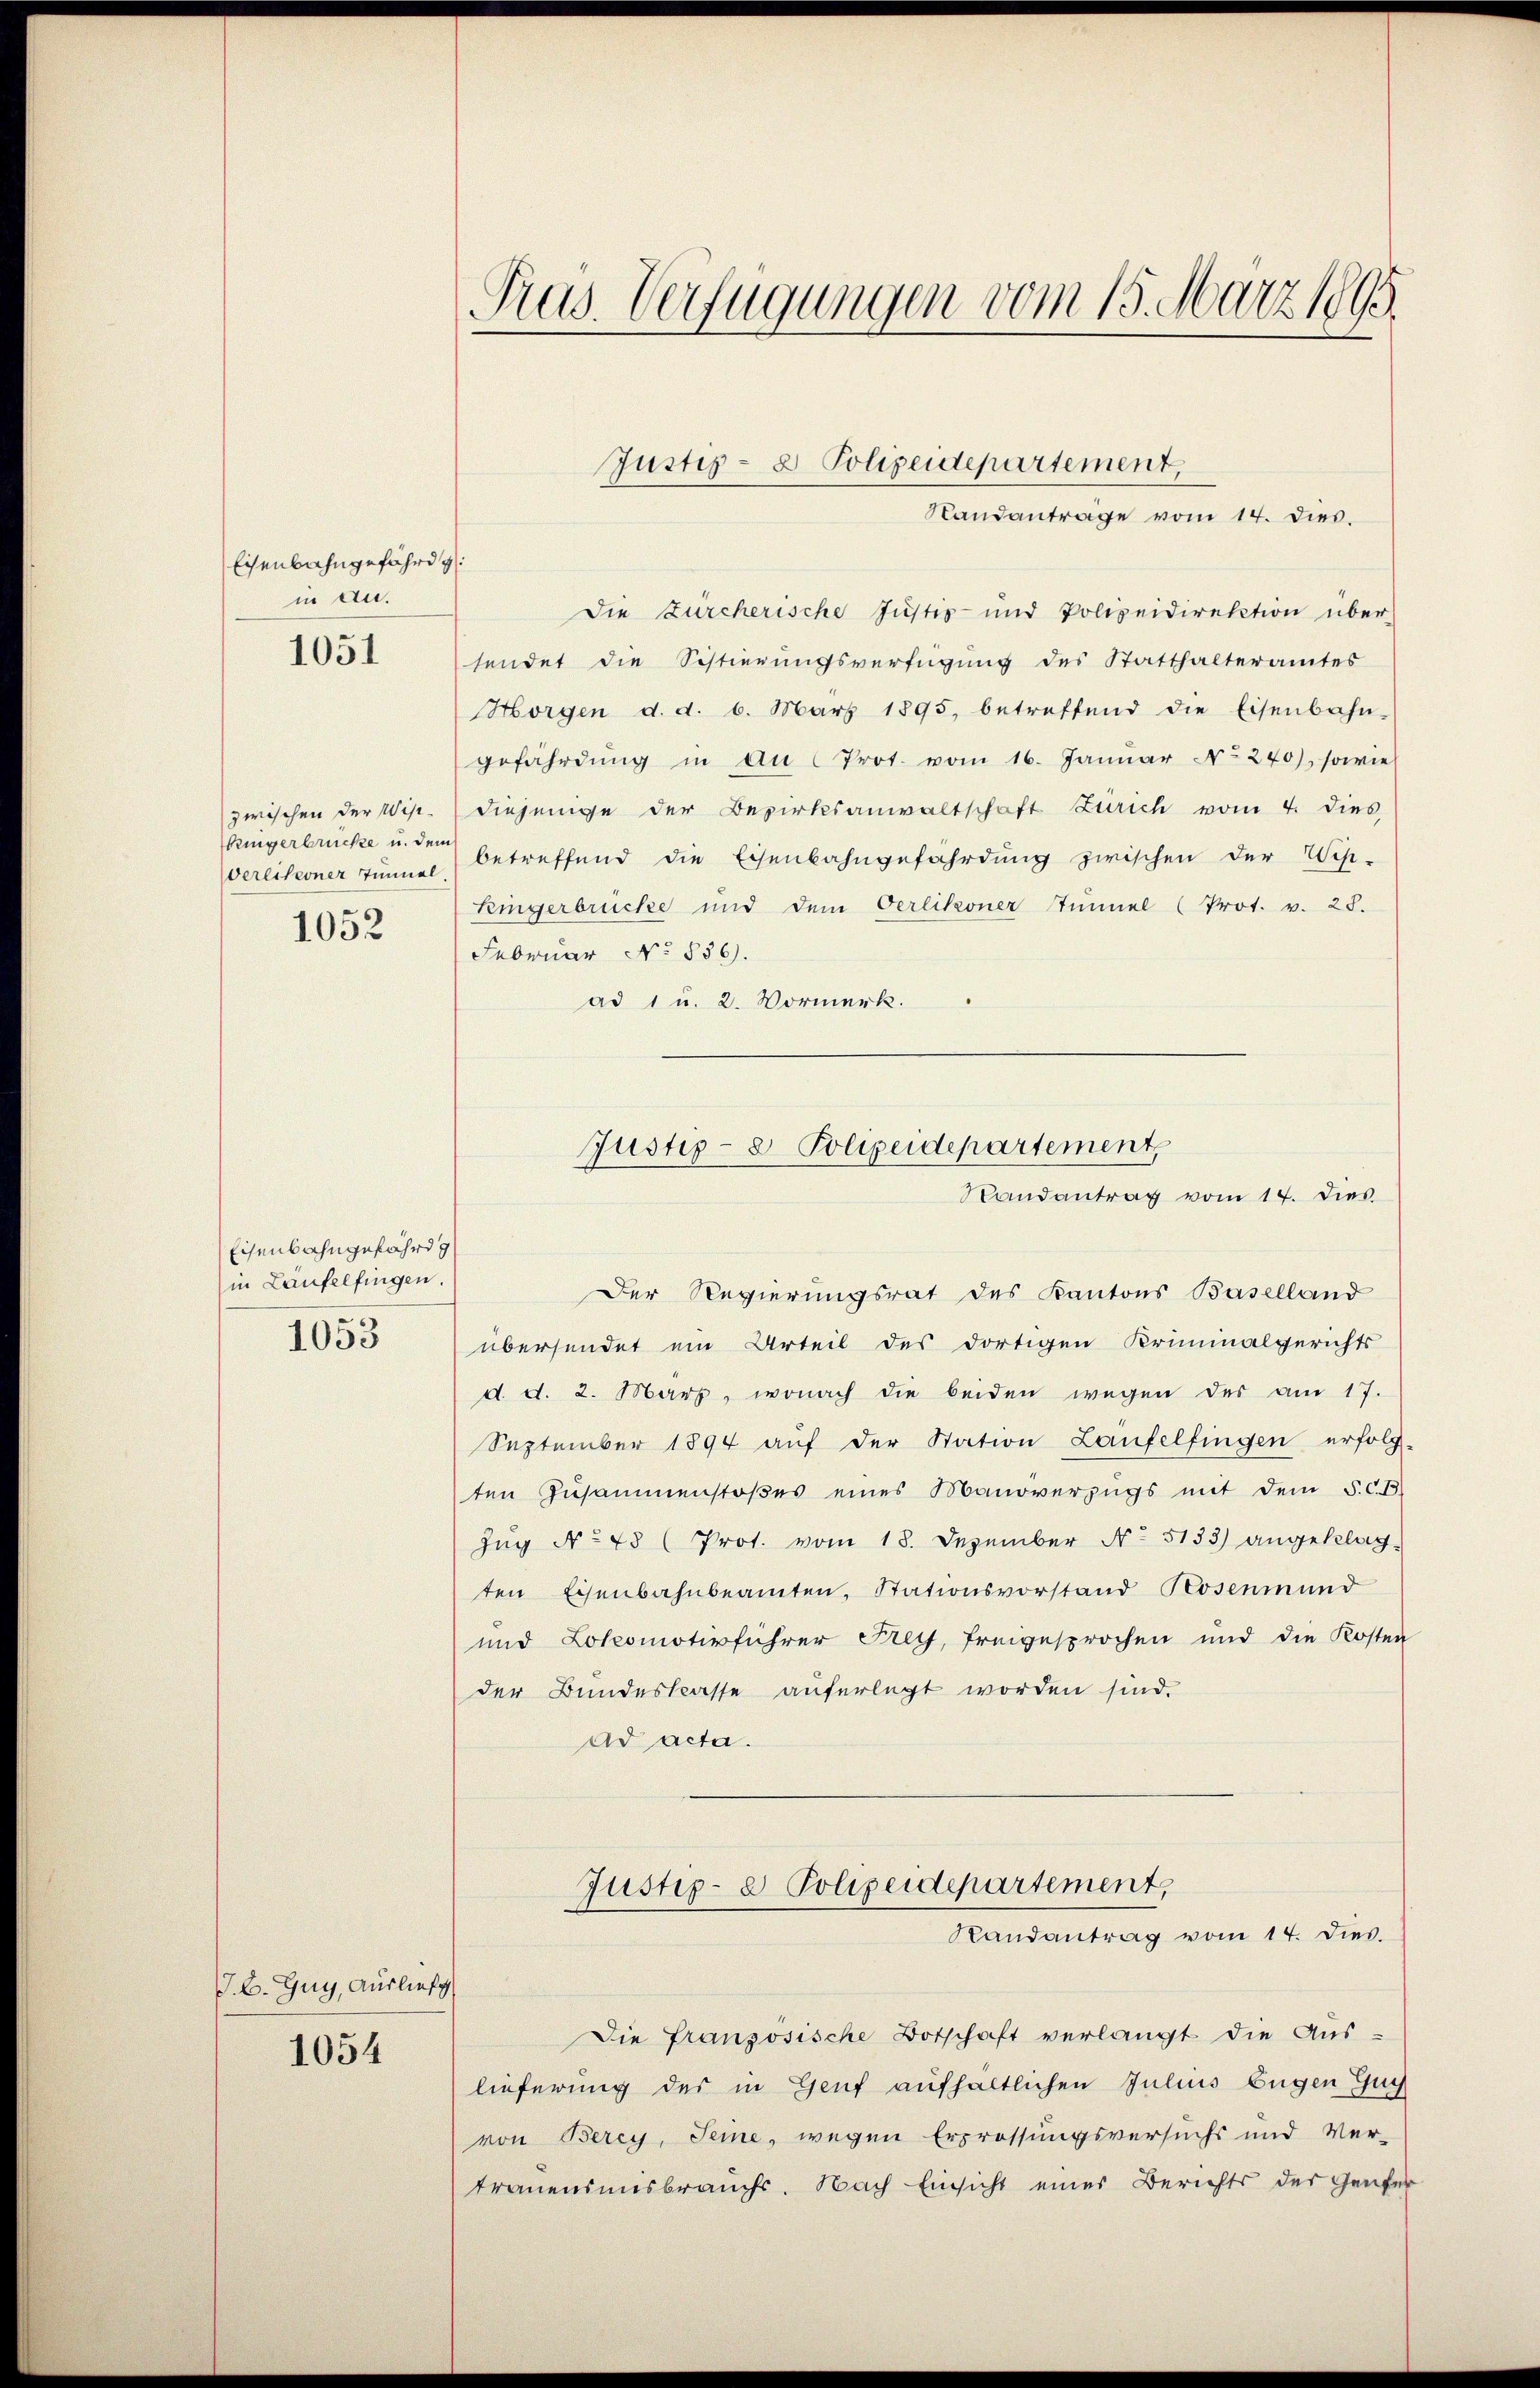
Eisenbahngefährd
in an.
1051

Kugerbrücke u. dem
verlikoner Tunnel
1052

Eisenbahngefährdg
in Laufelfingen.
1053

J. C. Zug, Auslief

1054

Die Zürcherische Justiz- und Polizeidirektion über-
sendet die Sistierungsverfügung des Statthalteramtes
Horgen d. d. 6. März 1895, betreffend die Eisenbahn-
gefährdung in an Prot. vom 16. Janŭar No. 240), sowie
zwischen der Wip. diejenige der Bezirksanwaltschaft Zürich vom 4. dies
betreffend die Eisenbahngefährdung zwischen der Wis-
Kingerbrücke und dem Oerlikoner Tunnel (Prot. v. 25.
Februar No 856.
ad 1 u. 2. Vormerk.

Der Regierungsrat des Kantons Baselland
übersendet ein Urteil des dortigen Kriminalgerichts
d. d. 2. März, wonach die beiden wegen des am 17.
September 1894 auf der Station Laufelfingen erfolg-
ten Zusammenstoßes eines Manöverzugs mit dem §. C. B
Zŭg No 48 (Prot. vom 18. Dezember No. 5133) angeklag-
ten Eisenbahnbeamten, Stationsvorstand Rosenmund
und Lokomotivführer Frey, freigesprochen und die Kosten
der Bundeskasse auferlegt worden sind.
ad acta.
Justiz- & Polizeidepartement,
Randantrag vom 14. dies.
Die französische Botschaft verlangt die Aus-
lieferung des in Genf aufhältlichen Julius Eugen Gug
von Berey, Seine, wegen Erprossungsversuchs und Ver-
trauensmisbrauchs. Nach Einsicht eines Berichts der Genfer

Pras. Verfügungen vom 15. März 1895.

Justiz- & Polizeidepartement,
Sandanträge vom 14. dies.

Justiz- & Polizeidepartement,
Randantrag vom 14. dies